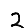
Digit: 2